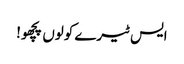
ایس ٹیرے کولوں پچھو!